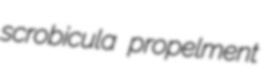
scrobicula propelment